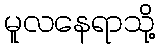
မူလနေရာသို့